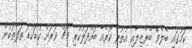
ކަމުގައި ބެލެވޭ ބްރެޒިލާއި އުތުރު ކޮރެއާ ބައްދަލުކުރި މެޗް ވަރަށް ކުޑަކުޑަ ތަފާތަކުން